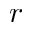
r